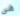
هي